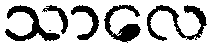
သာလေ